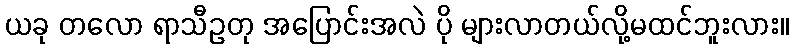
ယခု တလော ရာသီဥတု အပြောင်းအလဲ ပို များလာတယ်လို့မထင်ဘူးလား။